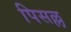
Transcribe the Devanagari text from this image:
पिसल्ल